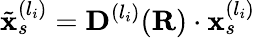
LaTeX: \tilde{\mathbf{x}}_{s}^{(l_{i})}=\mathbf{D}^{(l_{i})}(\mathbf{R})\cdot\mathbf{x}_{s}^{(l_{i})}